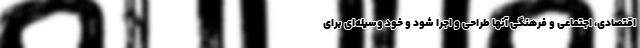
اقتصادی، اجتماعی و فرهنگی آنها طراحی و اجرا شود و خود وسیله‌ای برای